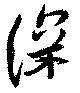
深